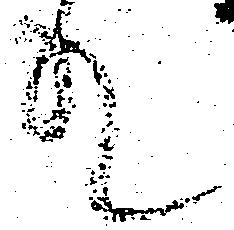
れ